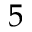
5